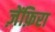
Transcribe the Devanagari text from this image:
ज़ेंफ़िरा